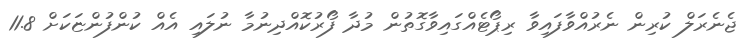
ޖެނެރަލް ކުރިން ނެރުއްވާފައިވާ ރިޕޯޓެއްގައިވާގޮތުން މުދާ ފޯރުކޮއްދިނުމާ ނުލައި އެއް ކުންފުންޏަކަށް 11.8